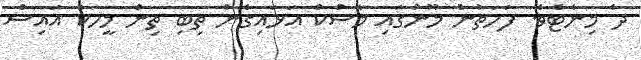
ދެ މިނެޓެވެ. ފަހަތުން މޫނުގައި މާސްކް އަޅައިގެން ތިބި ތިން މީހަކު އައިސް